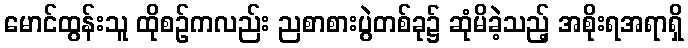
မောင်ထွန်းသူ ထိုစဉ်ကလည်း ညစာစားပွဲတစ်ခု၌ ဆုံမိခဲ့သည့် အစိုးရအရာရှိ